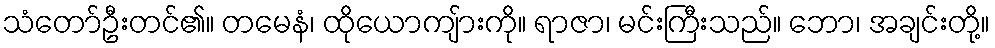
သံတော်ဦးတင်၏။ တမေနံ၊ ထိုယောကျ်ားကို။ ရာဇာ၊ မင်းကြီးသည်။ ဘော၊ အချင်းတို့။